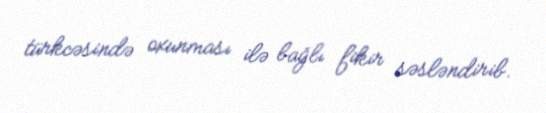
türkcəsində oxunması ilə bağlı fikir səsləndirib.